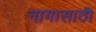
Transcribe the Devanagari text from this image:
नागासाठी